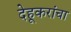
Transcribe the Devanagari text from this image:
देहूकरांचा